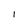
Character: I